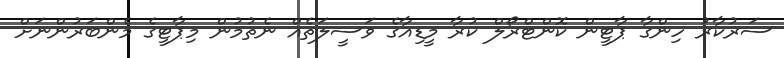
ސަރުކާރު ހިންގާ ޕާޓީން ކޮންޓްރޯލް ކުރާ މީޑިއާގެ ވަސީލަތެއް ނެތުމުން މިޕާޓީގެ މެންބަރުންނަށް